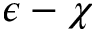
\epsilon - \chi